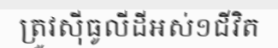
ត្រូវស៊ីធូលីដីអស់១ជីវិត